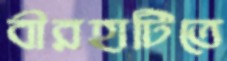
বীরহাটিতে